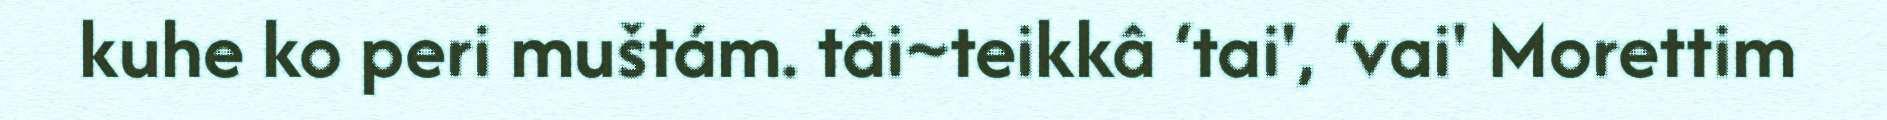
kuhe ko peri muštám. tâi~teikkâ ‘tai', ‘vai' Morettim